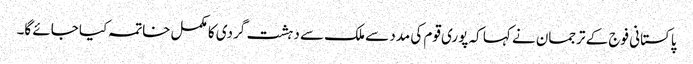
پاکستانی فوج کے ترجمان نے کہا کہ پوری قوم کی مدد سے ملک سے دہشت گردی کا مکمل خاتمہ کیا جائے گا۔